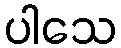
ပါသေ